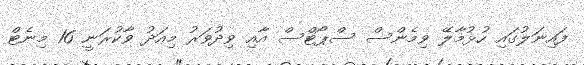
ފައިނަލުގައި ހުޅުމާލޭ ވިމެންސް ސްޕޯޓްސް އާއި ވިދުވަރު މިއަދު ވާކުރަނީ 16 މިނެޓް